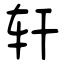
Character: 轩